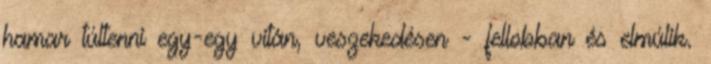
hamar túltenni egy-egy vitán, veszekedésen - fellobban és elmúlik.